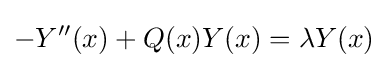
-Y''(x)+Q(x)Y(x)=\lambda Y(x)